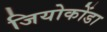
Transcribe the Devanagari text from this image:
जियोकोंडा